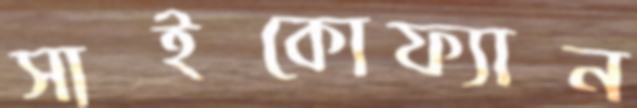
সাইকোফ্যান